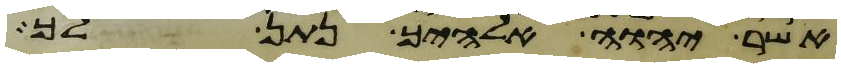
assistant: אשר יהוה אלהיך נתן לך